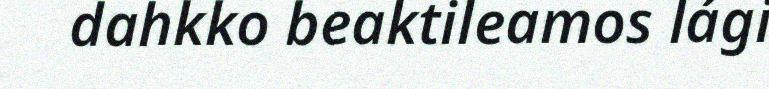
dahkko beaktileamos lági